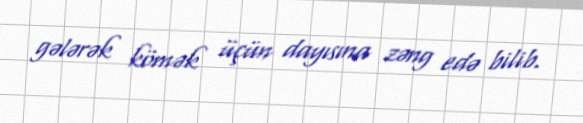
gələrək kömək üçün dayısına zəng edə bilib.